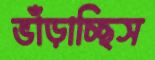
ভাঁড়াচ্ছিস